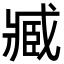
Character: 臧